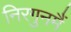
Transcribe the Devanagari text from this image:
निरगुनमैं